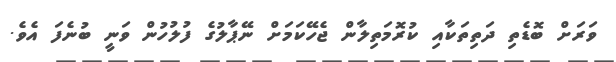
ވަރަށް ބޮޑެތި ދަތިތަކާއި ކުރޮމަތިލާން ޖެހޭކަމަށް ނޭޕާލުގެ ފުލުހުން ވަނީ ބުނެފަ އެވެ.